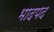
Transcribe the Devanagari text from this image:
भादपद